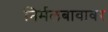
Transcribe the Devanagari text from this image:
निर्मलबाबावर